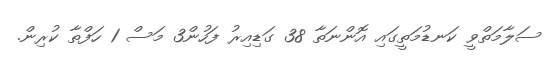
ސަލާމަތްވީ ކަނޑުމަތީގައި އޮންނަތާ 38 ގަޑިއިރު ފަހުން3 މަސް 1 ހަފްތާ ކުރިން.